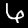
Digit: 6